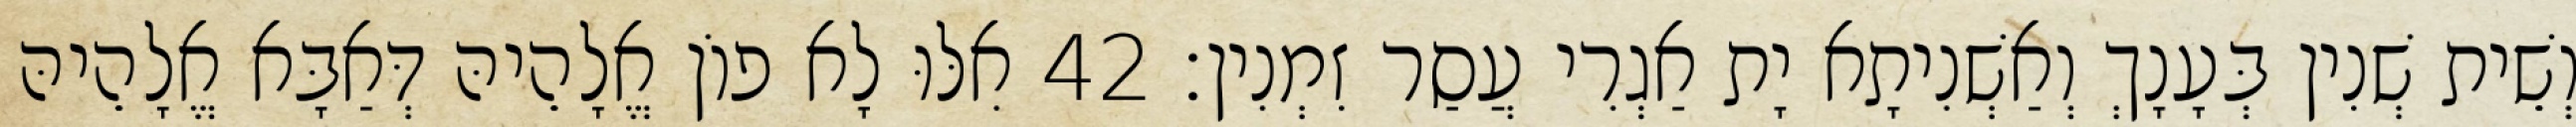
וְשֵׁית שְׁנִין בְּעָנָךְ וְאַשְׁנִיתָא יָת אַגְרִי עֲסַר זִמְנִין׃ 42 אִלּוּ לָא פוֹן אֱלָהֵיהּ דְּאַבָּא אֱלָהֵיהּ